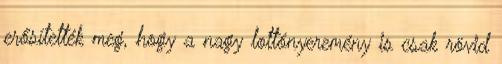
erősítették meg, hogy a nagy lottónyeremény is csak rövid